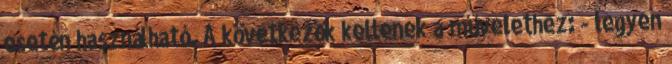
esetén használható. A következők kellenek a művelethez: - legyen